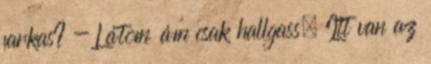
farkas? - Látom ám csak hallgass. Itt van az